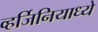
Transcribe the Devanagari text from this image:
व्हर्जिनियाध्ये